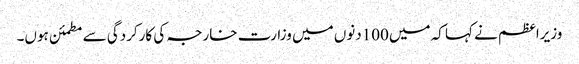
وزیراعظم نے کہا کہ میں100دنوں میں وزارت خارجہ کی کارکردگی سے مطمئن ہوں۔